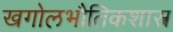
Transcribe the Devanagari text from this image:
खगोलभौतिकशास्त्र